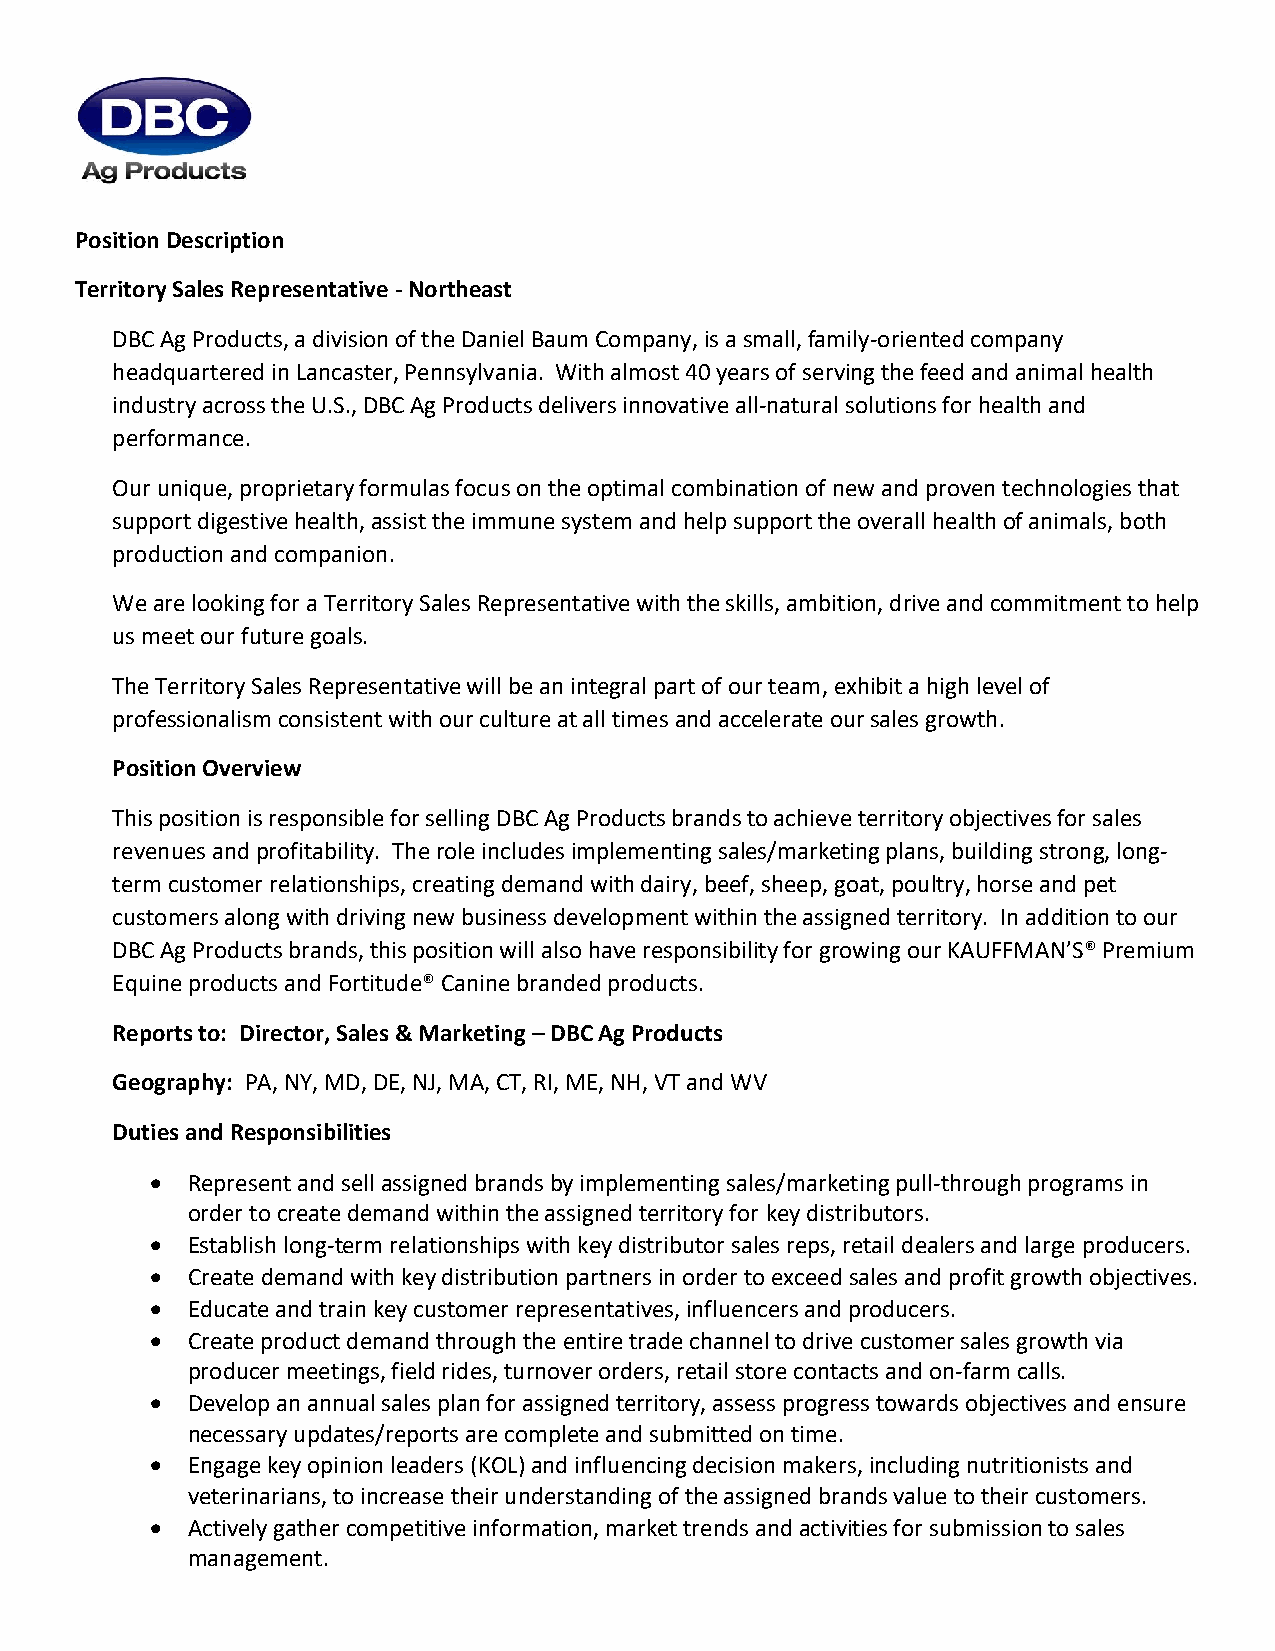
Position Description
 Territory Sales Representative - Northeast
 DBC Ag Products, a division of the Daniel Baum Company, is a small, family-oriented company
 headquartered in Lancaster, Pennsylvania. With almost 40 years of serving the feed and animal health
 industry across the U.S., DBC Ag Products delivers innovative all-natural solutions for health and
 performance.
 Our unique, proprietary formulas focus on the optimal combination of new and proven technologies that
 support digestive health, assist the immune system and help support the overall health of animals, both
 production and companion.
 We are looking for a Territory Sales Representative with the skills, ambition, drive and commitment to help
 us meet our future goals.
 The Territory Sales Representative will be an integral part of our team, exhibit a high level of
 professionalism consistent with our culture at all times and accelerate our sales growth.
 Position Overview
 This position is responsible for selling DBC Ag Products brands to achieve territory objectives for sales
 revenues and profitability. The role includes implementing sales/marketing plans, building strong, long-
 term customer relationships, creating demand with dairy, beef, sheep, goat, poultry, horse and pet
 customers along with driving new business development within the assigned territory. In addition to our
 DBC Ag Products brands, this position will also have responsibility for growing our KAUFFMAN’S® Premium
 Equine products and Fortitude® Canine branded products.
 Reports to: Director, Sales & Marketing – DBC Ag Products
 Geography: PA, NY, MD, DE, NJ, MA, CT, RI, ME, NH, VT and WV
 Duties and Responsibilities
 • Represent and sell assigned brands by implementing sales/marketing pull-through programs in
 order to create demand within the assigned territory for key distributors.
 • Establish long-term relationships with key distributor sales reps, retail dealers and large producers.
 • Create demand with key distribution partners in order to exceed sales and profit growth objectives.
 • Educate and train key customer representatives, influencers and producers.
 • Create product demand through the entire trade channel to drive customer sales growth via
 producer meetings, field rides, turnover orders, retail store contacts and on-farm calls.
 • Develop an annual sales plan for assigned territory, assess progress towards objectives and ensure
 necessary updates/reports are complete and submitted on time.
 • Engage key opinion leaders (KOL) and influencing decision makers, including nutritionists and
 veterinarians, to increase their understanding of the assigned brands value to their customers.
 • Actively gather competitive information, market trends and activities for submission to sales
 management.